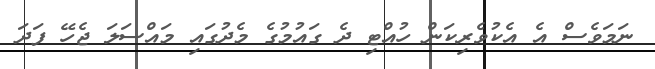
ނަމަވެސް އެ އެކުވެރިކަން ހުއްޓި ދެ ގައުމުގެ މެދުގައި މައްސަލަ ޖެހޭ ފަދަ